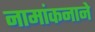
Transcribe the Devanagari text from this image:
नामांकनाने